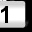
Digit: 1